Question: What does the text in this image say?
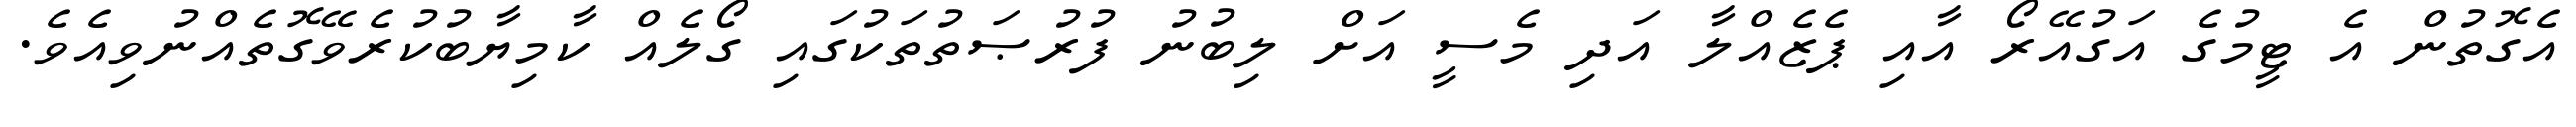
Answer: އެގޮތުން އެ ޓީމުގެ އަގުއޭރޯ އާއި ޕެޒެއްލާ އަދި މެސީ އަށް ލިބުނު ފުރުޞަތުތަކުގައި ގޯލެއް ކާމިޔާބުކުރެވޭގޮތެއްނުވިއެވެ.